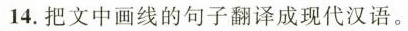
14.把文中画线的句子翻译成现代汉语。